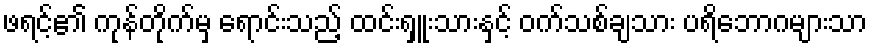
ဖရင့်၏ ကုန်တိုက်မှ ရောင်းသည့် ထင်းရှူးသားနှင့် ဝက်သစ်ချသား ပရိဘောဂများသာ